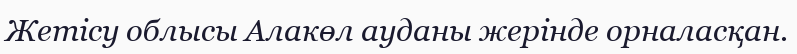
Жетісу облысы Алакөл ауданы жерінде орналасқан.